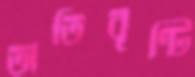
অতিবৃষ্টি